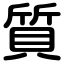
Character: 質